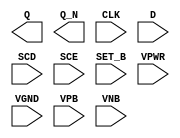
/**
 * Copyright 2020 The SkyWater PDK Authors
 *
 * Licensed under the Apache License, Version 2.0 (the "License");
 * you may not use this file except in compliance with the License.
 * You may obtain a copy of the License at
 *
 *     https://www.apache.org/licenses/LICENSE-2.0
 *
 * Unless required by applicable law or agreed to in writing, software
 * distributed under the License is distributed on an "AS IS" BASIS,
 * WITHOUT WARRANTIES OR CONDITIONS OF ANY KIND, either express or implied.
 * See the License for the specific language governing permissions and
 * limitations under the License.
 *
 * SPDX-License-Identifier: Apache-2.0
 */

`ifndef SKY130_FD_SC_HDLL__SDFSBP_PP_BLACKBOX_V
`define SKY130_FD_SC_HDLL__SDFSBP_PP_BLACKBOX_V

/**
 * sdfsbp: Scan delay flop, inverted set, non-inverted clock,
 *         complementary outputs.
 *
 * Verilog stub definition (black box with power pins).
 *
 * WARNING: This file is autogenerated, do not modify directly!
 */

`timescale 1ns / 1ps
`default_nettype none

(* blackbox *)
module sky130_fd_sc_hdll__sdfsbp (
    Q    ,
    Q_N  ,
    CLK  ,
    D    ,
    SCD  ,
    SCE  ,
    SET_B,
    VPWR ,
    VGND ,
    VPB  ,
    VNB
);

    output Q    ;
    output Q_N  ;
    input  CLK  ;
    input  D    ;
    input  SCD  ;
    input  SCE  ;
    input  SET_B;
    input  VPWR ;
    input  VGND ;
    input  VPB  ;
    input  VNB  ;
endmodule

`default_nettype wire
`endif  // SKY130_FD_SC_HDLL__SDFSBP_PP_BLACKBOX_V